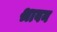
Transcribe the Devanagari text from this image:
श्रावन